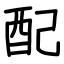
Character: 配